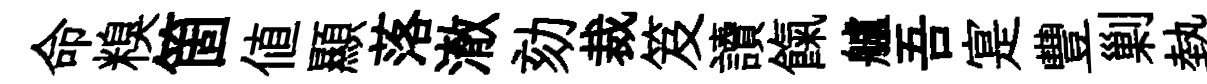
命糗箇值顯落澈劾裁笈讀餼艫吾寔豐剿熱